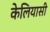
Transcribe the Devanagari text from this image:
केलियासी